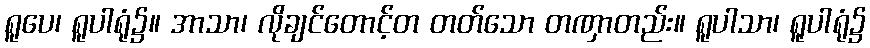
ရူပေ၊ ရူပါရုံ၌။ အာသာ၊ လိုချင်တောင့်တ တတ်သော တဏှာတည်း။ ရူပါသာ၊ ရူပါရုံ၌